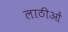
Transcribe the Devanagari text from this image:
लाठीओं